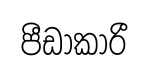
පීඩාකාරී